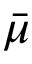
\displaystyle \bar { \mu }